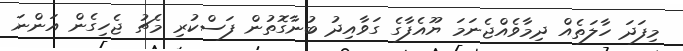
މިފަދަ ހާލަތެއް ދިމާވެއްޖެނަމަ ޔޫއެފާގެ ގަވާއިދު ބުނާގޮތުން ފަސްކުރި މެޗު ޖެހިގެން އަންނަ